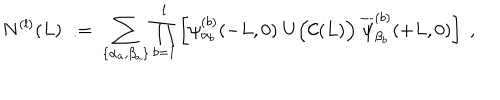
N ^ { ( l ) } ( L ) \; : = \; \sum _ { \{ \alpha _ { a } , \beta _ { a } \} } \prod _ { b = 1 } ^ { l } \left[ \psi _ { \alpha _ { b } } ^ { ( b ) } ( - L , 0 ) \; U \Big ( { \cal C } ( L ) \Big ) \; \overline { { { \psi } } } _ { \beta _ { b } } ^ { ( b ) } ( + L , 0 ) \right] \; ,